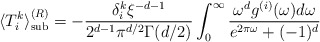
\begin{align*} \langle T_{i}^{k}\rangle _{{\mathrm{sub}}}^{(R)}=-\frac{\delta _i^k \xi ^{-d-1}}{2^{d-1}\pi ^{d/2}\Gamma (d/2)}\int _{0}^{\infty } \frac{\omega ^d g^{(i)}(\omega )d\omega }{e^{2\pi \omega }+(-1)^d}\end{align*}